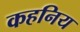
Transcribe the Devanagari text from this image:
कहनिय